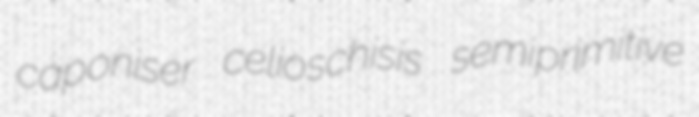
caponiser celioschisis semiprimitive